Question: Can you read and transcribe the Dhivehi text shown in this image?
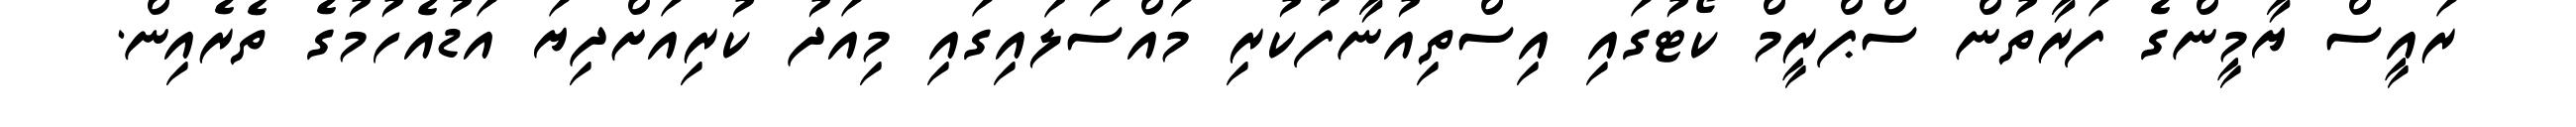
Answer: ރައީސް ޔާމީންގެ ފަރާތުން ސްޕްރީމް ކޯޓުގައި އިސްތިއުނާފުކުރި މައްސަލައިގައި މިއަދު ކުރިއަށްދިޔަ އަޑުއެހުމުގެ ތެރެއިން.